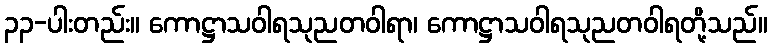
၃၃-ပါးတည်း။ ကောဋ္ဌာသဝါရသုညတဝါရာ၊ ကောဋ္ဌာသဝါရသုညတဝါရတို့သည်။